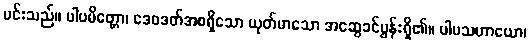
မင်းသည်။ ပါပမိတ္တော၊ ဒေဝဒတ်အစရှိသော ယုတ်မာသော အဆွေခင်ပွန်းရှိ၏။ ပါပသဟာယော၊